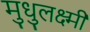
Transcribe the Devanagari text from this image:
मुधुलक्ष्मी